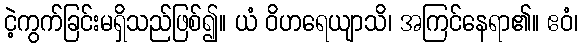
ငဲ့ကွက်ခြင်းမရှိသည်ဖြစ်၍။ ယံ ဝိဟရေယျာသိ၊ အကြင်နေရာ၏။ ဧဝံ၊